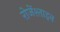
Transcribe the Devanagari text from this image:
रोजेंश्ताइन